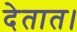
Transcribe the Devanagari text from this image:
देतात।